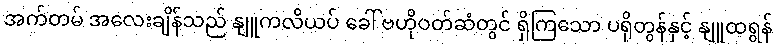
အက်တမ် အလေးချိန်သည် နျူကလိယပ် ခေါ် ဗဟိုဝတ်ဆံတွင် ရှိကြသော ပရိုတွန်နှင့် နျူထရွန်